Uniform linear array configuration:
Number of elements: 8
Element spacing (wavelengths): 0.5
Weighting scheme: exponential
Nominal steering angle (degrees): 0
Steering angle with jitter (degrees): -0.08674
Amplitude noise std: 0.05
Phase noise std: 0.05

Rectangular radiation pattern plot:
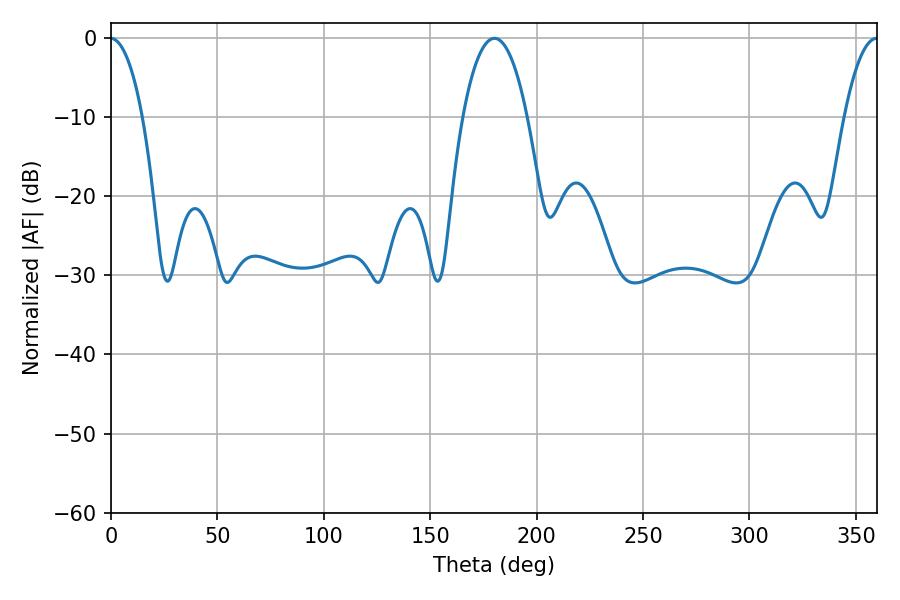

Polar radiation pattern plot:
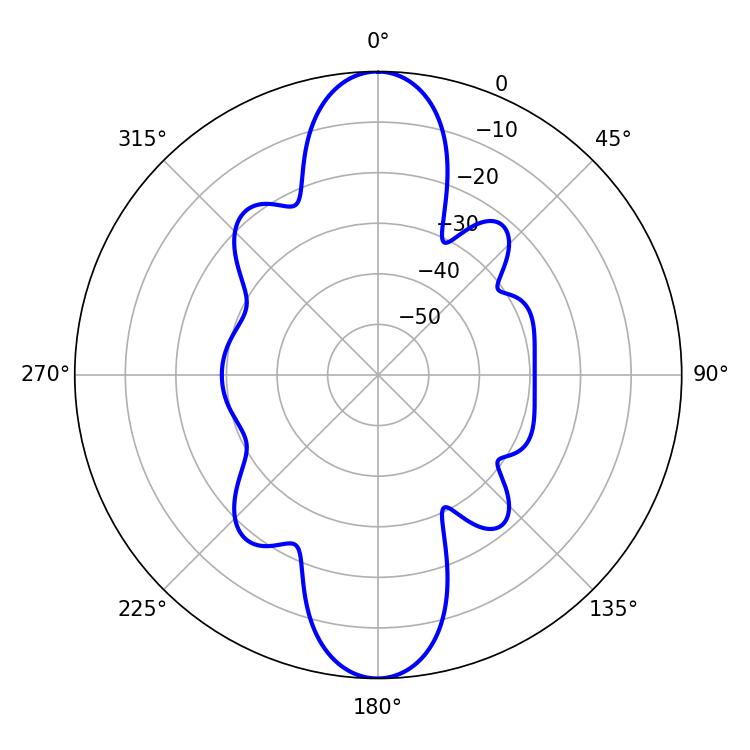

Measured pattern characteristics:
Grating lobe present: FALSE
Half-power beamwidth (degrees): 16.92
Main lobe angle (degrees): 180.18